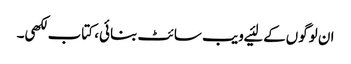
ان لوگوں‌کے لئیے ویب سائٹ بنائی، کتاب لکھی۔